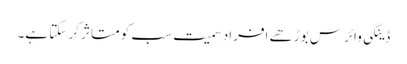
ڈینگی وائرس بوڑھے افراد سمیت سب کو متاثر کر سکتا ہے۔